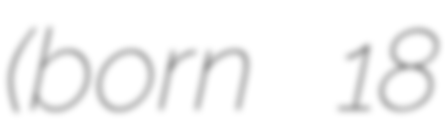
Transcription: (born 18